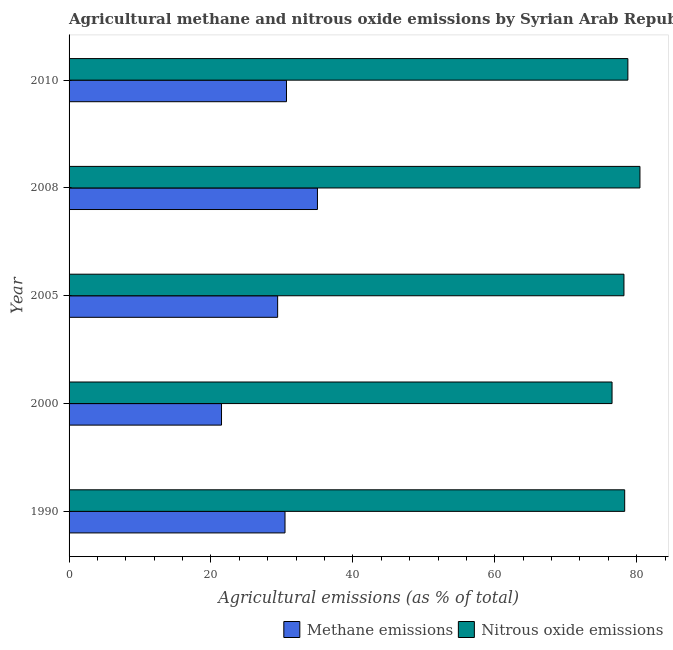
| Year | Methane emissions | Nitrous oxide emissions |
 | --- | --- | --- |
 | 1990 | 30.4 | 78.3 |
 | 2000 | 21.5 | 76.5 |
 | 2005 | 29.4 | 78.2 |
 | 2008 | 35 | 80.5 |
 | 2010 | 30.6 | 78.8 |